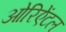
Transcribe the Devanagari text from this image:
ओरिऐंटल